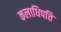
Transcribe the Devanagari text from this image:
कलाधिपति